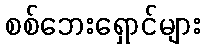
စစ်ဘေးရှောင်များ